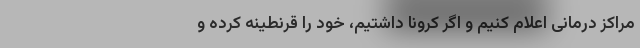
مراکز درمانی اعلام کنیم و اگر کرونا داشتیم، خود را قرنطینه کرده و